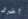
أخرى